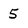
Character: 5